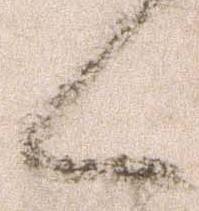
候